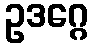
ဥဒဂ္ဂေ